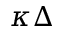
\kappa \Delta